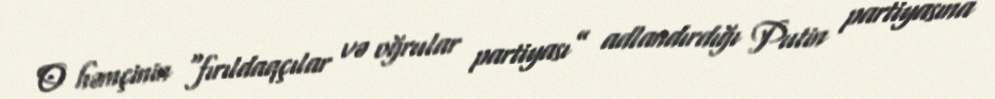
O həmçinin “fırıldaqçılar və oğrular partiyası” adlandırdığı Putin partiyasına